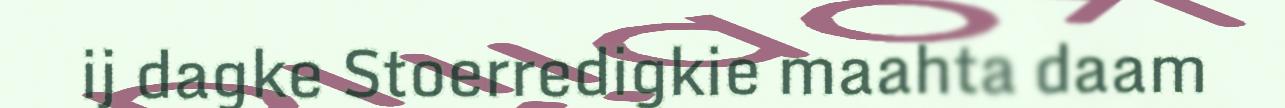
ij dagke Stoerredigkie maahta daam